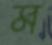
ম